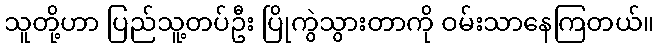
သူတို့ဟာ ပြည်သူ့တပ်ဦး ပြိုကွဲသွားတာကို ဝမ်းသာနေကြတယ်။